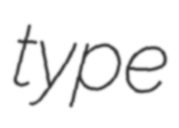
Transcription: type